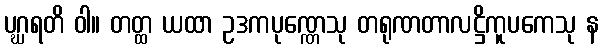
ပဂ္ဃရတိ ဝါ။ တတ္ထ ယထာ ဥဒကပုဏ္ဏေသု တရုဏတာလဋ္ဌိကူပကေသု န